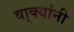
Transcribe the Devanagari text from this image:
वा्क्यांनी